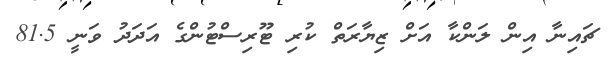
ޗައިނާ އިން ލަންކާ އަށް ޒިޔާރަތް ކުރި ޓޫރިސްޓުންގެ އަދަދު ވަނީ 81.5